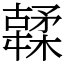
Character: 䂋